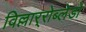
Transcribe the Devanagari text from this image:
विल्लार्‍रोब्लेडो